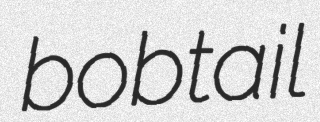
bobtail